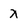
Character: x